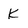
Character: k